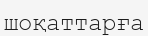
шоқаттарға